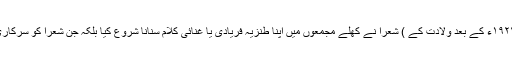
بیسویں پارٹی کانگریس (مارچ ۱۹۵۶ء) کے ساتھ ہی نہ صرف جدید ( ۱۹۲۴ء کے بعد ولادت کے ) شعرا نے کھلے مجمعوں میں اپنا طنزیہ فریادی یا غنائی کلام سنانا شروع کیا بلکہ جن شعرا کو سرکاری طور پر رد کیا جا چکا تھا ان کا کلام بھی منظر عام پر لایا جانے لگا۔